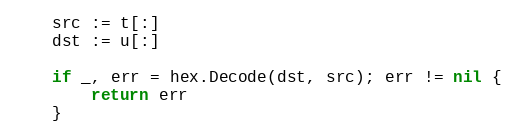
Language: Go
	src := t[:]
	dst := u[:]

	if _, err = hex.Decode(dst, src); err != nil {
		return err
	}